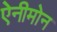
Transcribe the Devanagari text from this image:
ऐनीमोन